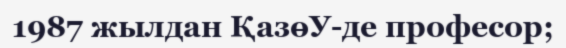
1987 жылдан ҚазөУ-де професор;